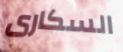
السكارى